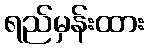
ရည်မှန်းထား